Report on vaccination in Madras 1877-1894 - 1877-1894
Year: 1877
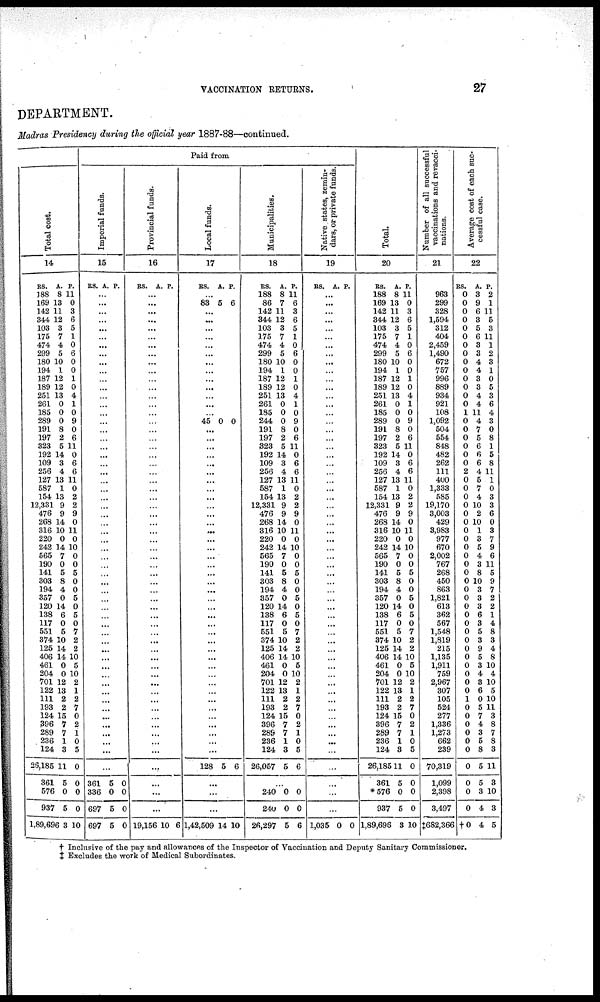
VACCINATION RETURNS.
27
DEPARTMENT.
Madras Presidency during the official year 1887-88—continued.
Total cost.
14
RS.
188
169
142
344
103
175
474
299
180
194
187
189
251
261
185
289
191
197
323
192
109
256
127
587
154
12,331
476
268
316
220
242
565
190
141
303
194
357
120
138
117
551
374
125
406
461
204
701
122
111
193
124
396
289
236
124
26,185
361
576
937
1,89,696
A.
8
13
11
12
3
7
4
5
10
1
12
12
13
0
0
0
8
2
5
14
3
4
13
1
13
9
9
14
10
0
14
7
0
5
8
4
0
14
6
0
5
10
14
14
0
0
12
13
2
2
15
7
7
1
3
11
5
0
5
3
P.
1
0
3
6
5
1
0
6
0
0
1
0
4
1
0
9
0
6
11
0
6
6
11
0
2
2
9
0
11
0
10
0
0
5
0
0
5
0
5
0
7
2
2
10
5
10
2
1
2
7
0
2
1
0
5
0
0
0
0
10
Paid from
Imperial funds.
15
RS. A.
P.
...
...
...
...
...
...
...
...
...
...
...
...
...
...
...
...
...
...
. ..
...
...
...
...
...
...
...
...
...
...
...
...
...
...
...
...
...
...
...
...
...
...
...
...
...
...
...
...
...
...
...
...
...
...
...
...
...
361
336
697
697
5
0
5
5
0
0
0
0
Provincial funds.
16
RS. A. P.
...
...
...
...
...
...
...
...
...
...
...
...
...
...
...
...
...
...
...
...
...
...
...
...
...
...
...
...
...
...
...
...
...
...
...
...
...
...
...
...
...
...
...
...
...
...
...
...
...
...
...
...
...
...
...
...
...
...
...
19,156 10 6
Local funds.
17
RS. A. P.
...
83 5 6
...
...
...
...
...
...
...
...
...
...
...
...
...
45 0 0
...
...
...
...
...
...
...
...
...
...
...
...
...
...
...
...
...
...
...
...
...
...
...
...
...
...
...
...
...
...
...
...
...
...
...
...
...
...
...
128 5 6
...
...
...
1,42,509 14 10
Municipalities.
18
RS.
188
86
142
344
103
175
474
299
180
194
187
189
251
261
185
244
191
197
323
192
109
256
127
587
154
12,331
476
268
316
220
242
565
190
141
303
194
357
120
138
117
551
374
125
406
461
204
701
122
111
193
124
396
289
236
124
26,057
A.
8
7
11
12
3
7
4
5
10
1
12
12
13
0
0
0
8
2
5
14
3
4
13
1
13
9
9
14
10
0
14
7
0
5
8
4
0
14
6
0
5
10
14
14
0
0
12
13
2
2
15
7
7
1
3
5
P.
11
6
3
6
5
1
0
6
0
0
1
0
4
1
0
9
0
6
11
0
6
6
11
0
2
2
9
0
11
0
10
0
0
5
0
0
5
0
5
0
7
2
2
10
5
10
2
1
2
7
0
2
1
0
5
6
...
240
240
26,297
0
0
5
0
0
6
Native states, zemin-
dars, or private funds.
19
RS. A. P.
...
...
...
...
...
...
...
...
...
...
...
...
...
...
...
...
...
...
...
...
...
...
...
...
...
...
...
...
...
...
...
...
...
...
...
...
...
...
...
...
...
...
...
...
...
...
...
...
...
...
...
...
...
...
...
...
...
1,035 0 0
Total.
20
RS.
188
169
142
344
103
175
474
299
180
194
187
189
251
261
185
289
191
197
323
192
109
256
127
587
154
12,331
476
268
316
220
242
565
190
141
303
194
357
120
138
117
551
374
125
406
461
204
701
122
111
193
124
396
289
236
124
26,185
361
*576
937
1,89,696
A.
8
13
11
12
3
7
4
5
10
1
12
12
13
0
0
0
8
2
5
14
3
4
13
1
13
9 9
14
10
0
14
7
0
5
8
4
0
14
6
0
5
10
14
14
0
0
12
13
2
2
15
7
7
1
3
11
5
0
5
3
P.
11
0
3
6
5
1
0
6
0
0 1
0
4
1
0
9
0
6
11
0
6
6
11
0
2
2
9
0
11
0
10
0
0
5
0
0
5
0
5
0
7
2
2
10
5
10
2
1
2
7
0
2
1
0
5
0
0
0
0
10
Number of all successful
vaccinations and revacci¬
nations.
21
963
299
328
1,594
312
404
2,459
1,490
672
757
996
889
934
921
108
1,092
504
554
848
482
262
111
400
1,333
585
19,170
3,003
429
3,983
977
670
2,002
767
268
450
863
1,821
613
362
567
1,548
1,819
215
1,135
1,911
759
2,967
307
105
524
277
1,336
1,273
662
239
70,319
1,099
2,398
3,497
‡682,366
Average cost of each suc-
cessful case.
22
RS.
0
0
0
0
0
0
0
0
0
0
0
0
0
0
1
0
0
0
0
0
0
2
0
0
0
0
0
0
0
0
0
0
0
0
0
0
0
0
0
0
0
0
0
0
0
0
0
0
1
0
0
0
0
0
0
0
0
0
0
†0
A.
3
9
6
3
5
6
3
3
4
4
3
3
4
4
11
4
7
5
6
6
6
4
5
7
4
10
2
10
1
3
5
4
3
8
10
3
3
3
6
3
5
3
9
5
3
4
3
6
0
5
7
4
3
5
8
5
5
3
4
4
P.
2
1
11
5
3
11
1
2
3
1
0
5
3
6
4
3
0
8
1
5
8
11
1
0
3
3
6
0
3
7
9
6
11
5
9
7
2
2
1
4
8
3
4
8
10
4
10
5
10
11
3
8
7
8
3
11
3
10
3
5
† Inclusive of the pay and allowances of the Inspector of Vaccination and Deputy Sanitary Commissioner.
‡ Excludes the work of Medical Subordinates.